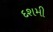
દશમી